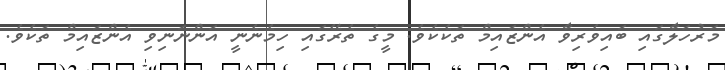
މަރުހަލާގައި ބައިވެރިވާ އެންޒައިމް ތަކެކެވެ. މީގެ ތެރޭގައި ހިމެނެނީ އަންނަނިވި އެންޒައިމް ތަކެވެ.